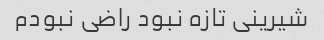
شیرینی تازه نبود راضی نبودم